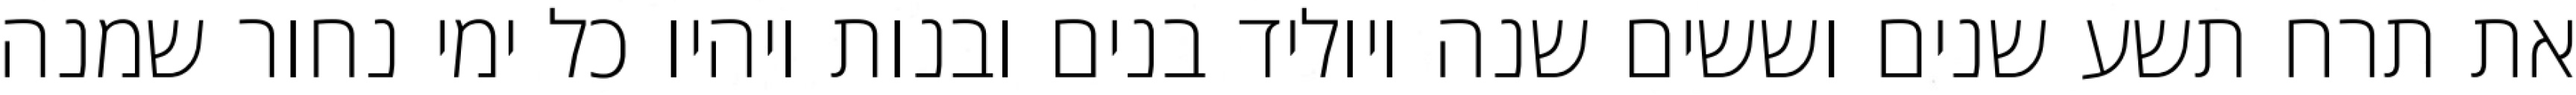
את תרח תשע שנים וששים שנה ויוליד בנים ובנות ויהיו כל ימי נחור שמנה